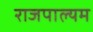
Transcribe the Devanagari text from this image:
राजपाल्यम